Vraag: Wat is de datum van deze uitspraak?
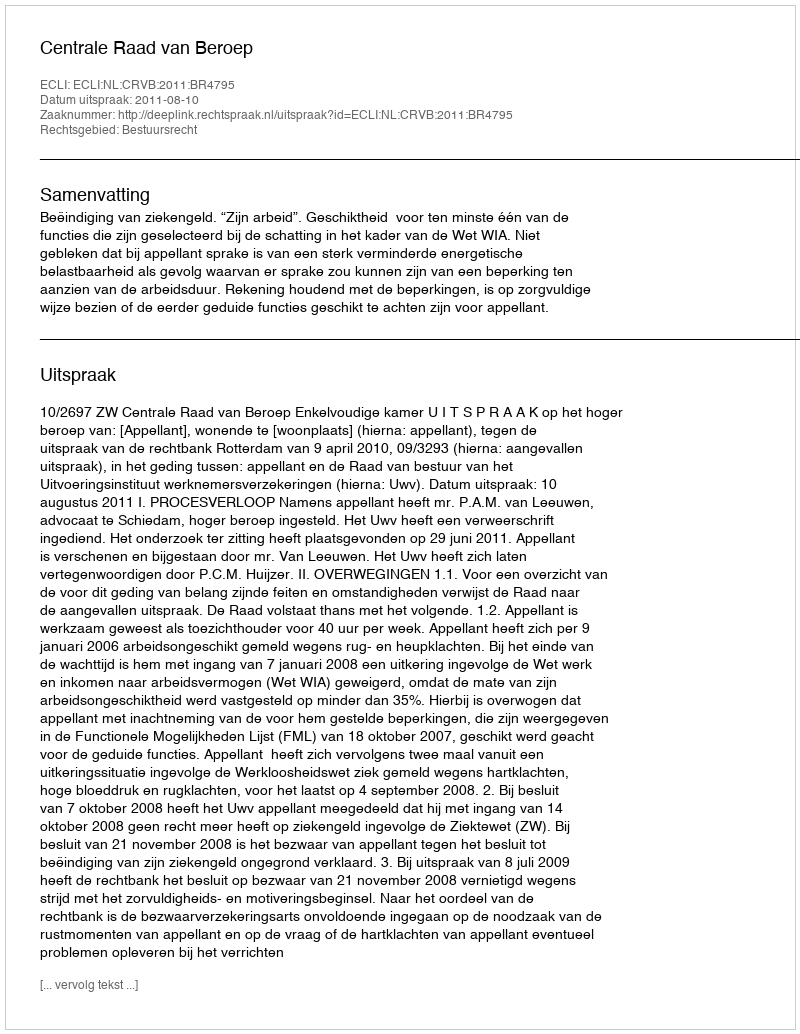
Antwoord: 2011-08-10